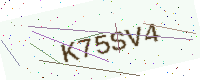
Text: K75SV4